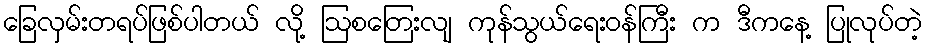
ခြေလှမ်းတရပ်ဖြစ်ပါတယ် လို့ ဩစတြေးလျ ကုန်သွယ်ရေးဝန်ကြီး က ဒီကနေ့ ပြုလုပ်တဲ့